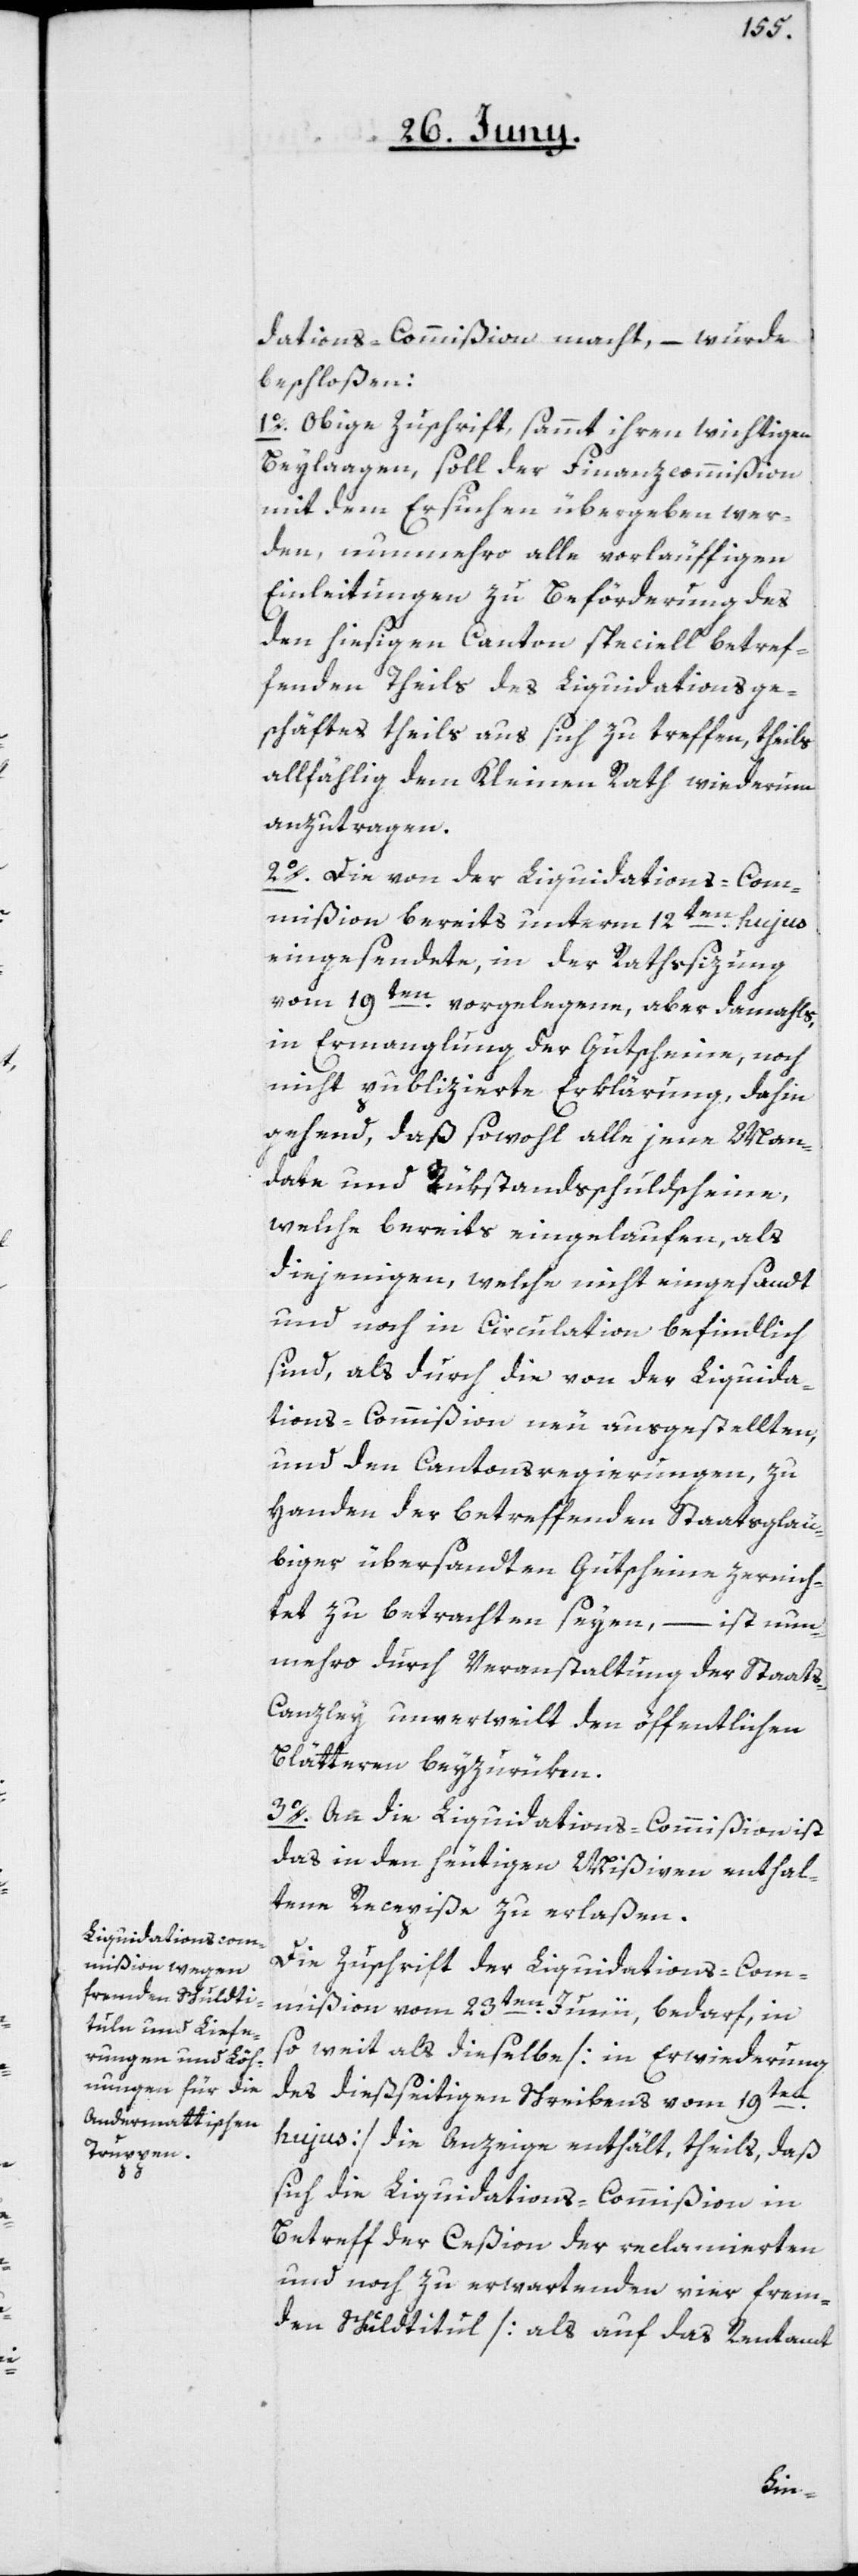
dations-Commißion macht, – wurde
beschloßen:
1o. Obige Zuschrift sammt ihren wichtigen
Beylagen, soll der Finanzcommißion
mit dem Ersuchen übergeben wer¬
den, nunmehro alle vorläuffigen
Einleitungen zu Beförderung des
den hiesigen Canton speciell betref¬
fenden Theils des Liquidationsge¬
schäftes, theils aus sich zu treffen, theils
allfählig dem Kleinen Rath wiederum
anzutragen.
2o. Die von der Liquidations-Com¬
mißion bereits unterm 12ten hujus
eingesendete, in der Rathssizung
vom 19ten vorgelegene, aber damahls
in Ermanglung der Gutscheine, noch
nicht publizierte Erklärung, dahin
gehend, daß sowohl alle jene Man¬
date und Rükstandsschuldscheine,
welche bereits eingelaufen, als
diejenigen, welche nicht eingesandt
und noch in Circulation befindlich
sind, als durch die von der Liquida¬
tions-Commißion neu ausgestellten,
und den Cantonsregierungen, zu
Handen der betreffenden Staatsgläu¬
biger übersandten Gutscheine zernich¬
tet zu betrachten seyen, – ist nun¬
mehro durch Veranstaltung der Staat¬
s-Canzley unverweilt den öffentlichen
Blätteren beyzurüken.
3o. An die Liquidations-Commißion ist
das in den heutigen Mißiven enthal¬
tene Recepiße zu erlaßen.
Die Zuschrift der Liquidations-Com¬
mißion vom 23ten Junii, bedarf, in
so weit als dieselbe [in Erwiederung
des dießseitigen Schreibens vom 19ten
hujus] die Anzeige enthält, theils daß
sich die Liquidations-Commißion in
Betreff der Ceßion der reclamierten
und noch zu erwartenden vier frem¬
den Schuldtitul [als auf das Rentamt